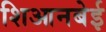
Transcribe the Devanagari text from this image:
शिआनबेई